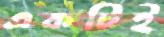
একটিই